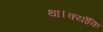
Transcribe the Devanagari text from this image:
था।क्योंकि